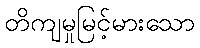
တိကျမှုမြင့်မားသော